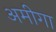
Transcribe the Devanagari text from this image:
अमीगा